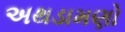
અથડામણો